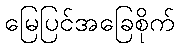
မြေပြင်အခြေစိုက်